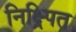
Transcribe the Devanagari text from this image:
निक्ष्र्पित